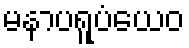
မနာပရူပံယေဝ